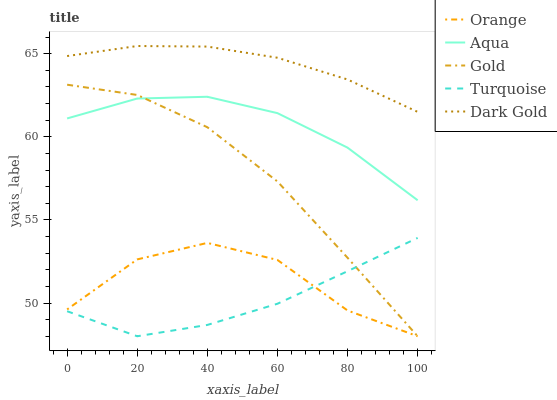
| xaxis_label | Orange | Aqua | Gold | Turquoise | Dark Gold |
 | --- | --- | --- | --- | --- | --- |
 | 0 | 49.6 | 61.1 | 63.1 | 49.5 | 64.9 |
 | 20 | 52.6 | 62.3 | 62.5 | 48 | 65.5 |
 | 40 | 53.6 | 62.4 | 60.6 | 48.7 | 65.4 |
 | 60 | 52.6 | 61.4 | 57.3 | 50 | 64.8 |
 | 80 | 49.5 | 59.3 | 52.7 | 51.9 | 63.4 |
 | 100 | 48 | 56.2 | 48 | 53.9 | 61.5 |